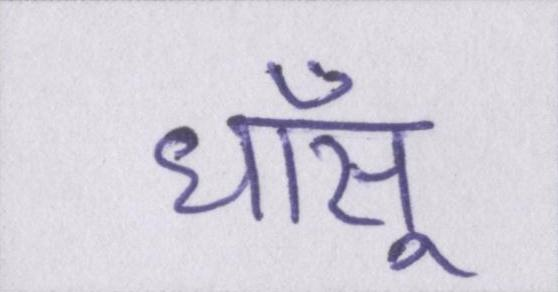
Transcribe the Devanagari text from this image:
धाँसू